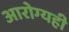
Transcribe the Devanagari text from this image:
आरोग्यही